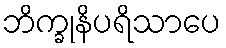
ဘိက္ခုနိပရိသာပေ